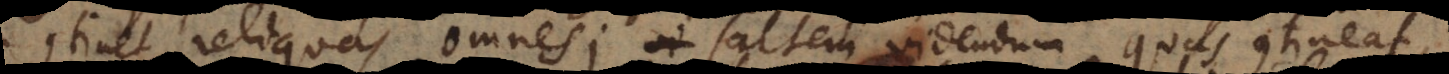
continet reliquas omnes; saltem videndum quas contineat,